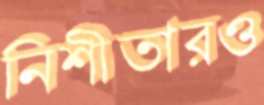
নিশীতারও